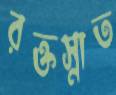
রক্তস্নাত